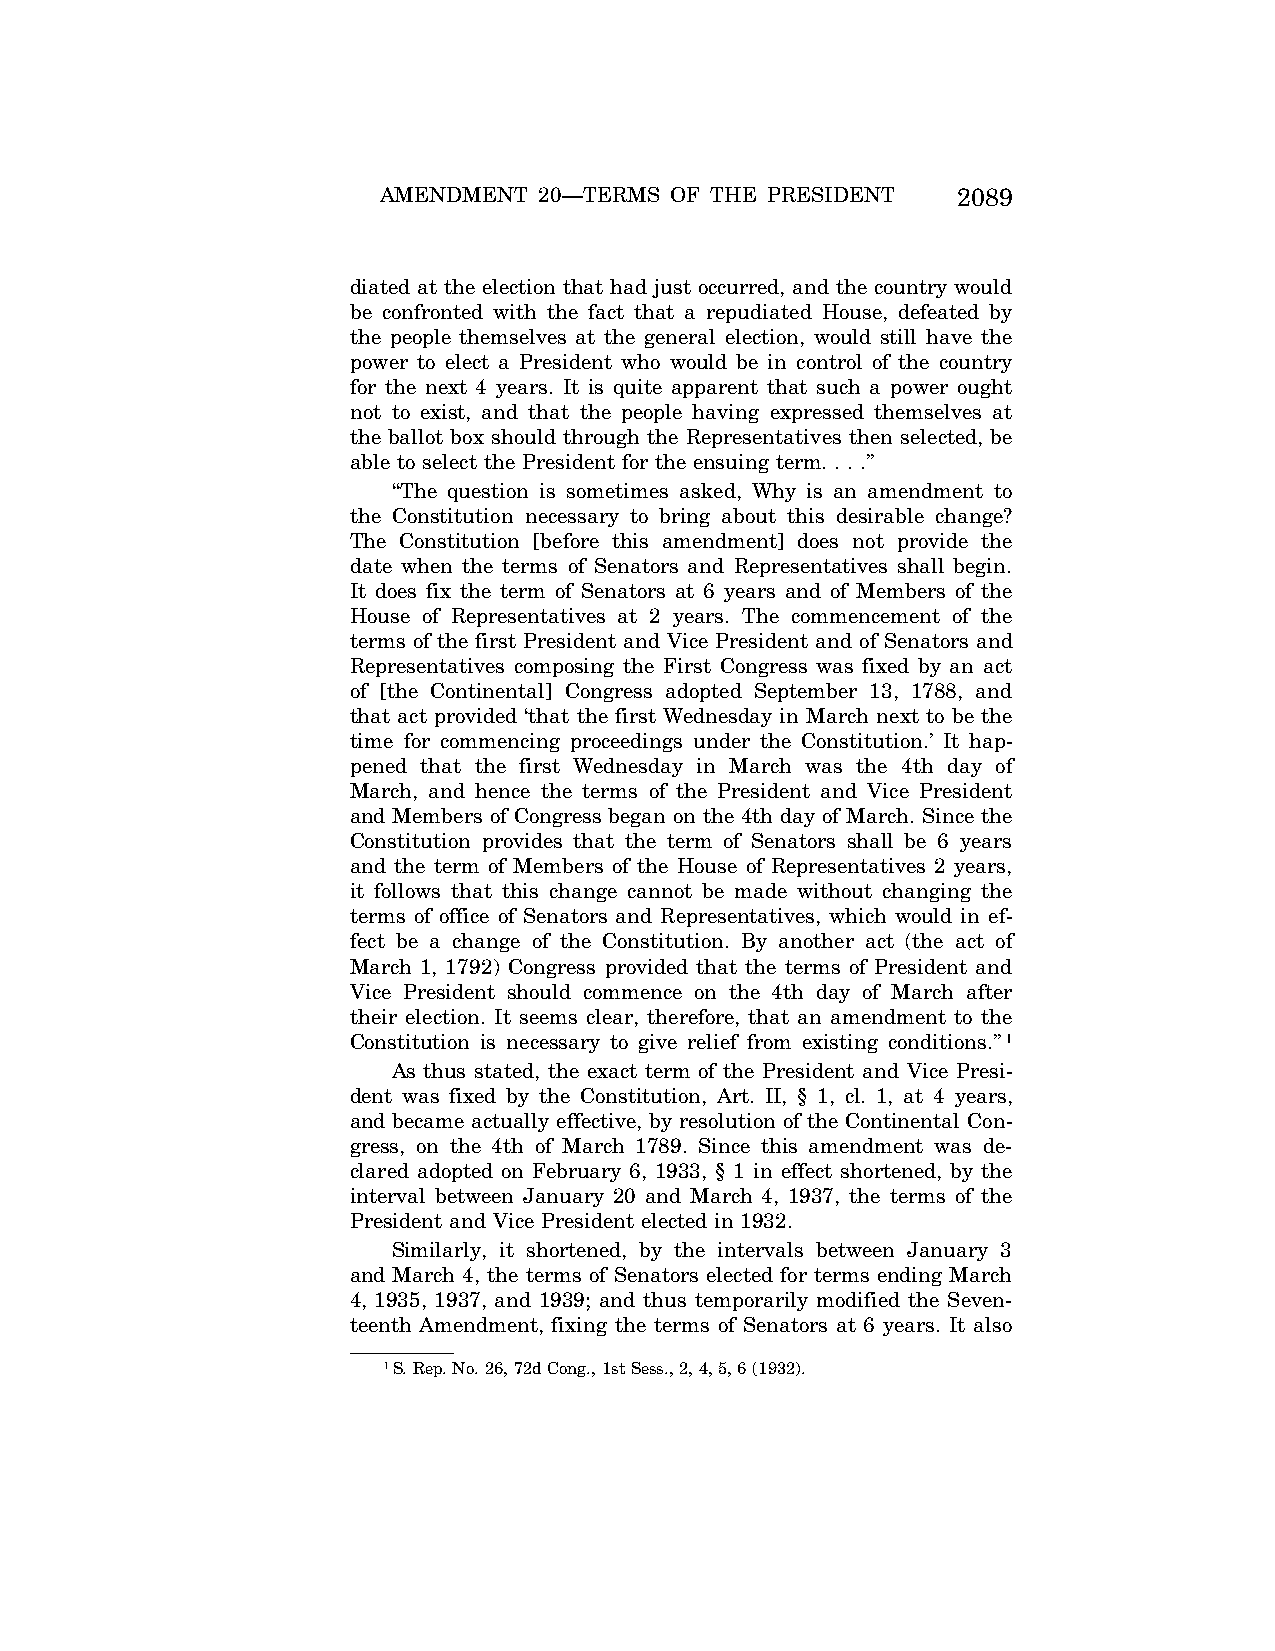
AMENDMENT  20—TERMS OF THE PRESIDENT  2089
 diated at the election that had just occurred, and the country would
 be confronted with the fact that a repudiated House, defeated by
 the people themselves at the general election, would still have the
 power to elect a President who would be in control of the country
 for the next 4 years. It is quite apparent that such a power ought
 not to exist, and that the people having expressed themselves at
 the ballot box should through the Representatives then selected, be
 able to select the President for the ensuing term. . . .’’
 ‘‘The question is sometimes asked, Why is an amendment to
 the Constitution necessary to bring about this desirable change?
 The Constitution [before this amendment] does not provide the
 date when the terms of Senators and Representatives shall begin.
 It does fix the term of Senators at 6 years and of Members of the
 House of Representatives at 2 years. The commencement of the
 terms of the first President and Vice President and of Senators and
 Representatives composing the First Congress was fixed by an act
 of [the Continental] Congress adopted September 13, 1788, and
 that act provided ‘that the first Wednesday in March next to be the
 time for commencing proceedings under the Constitution.’ It hap-
 pened that the first Wednesday in March was the 4th day of
 March, and hence the terms of the President and Vice President
 and Members of Congress began on the 4th day of March. Since the
 Constitution provides that the term of Senators shall be 6 years
 and the term of Members of the House of Representatives 2 years,
 it follows that this change cannot be made without changing the
 terms of office of Senators and Representatives, which would in ef-
 fect be a change of the Constitution. By another act (the act of
 March 1, 1792) Congress provided that the terms of President and
 Vice President should commence on the 4th day of March after
 their election. It seems clear, therefore, that an amendment to the
 Constitution is necessary to give relief from existing conditions.’’1
 As thus stated, the exact term of the President and Vice Presi-
 dent was fixed by the Constitution, Art. II, § 1, cl. 1, at 4 years,
 and became actually effective, by resolution of the Continental Con-
 gress, on the 4th of March 1789. Since this amendment was de-
 clared adopted on February 6, 1933, § 1 in effect shortened, by the
 interval between January 20 and March 4, 1937, the terms of the
 President and Vice President elected in 1932.
 Similarly, it shortened, by the intervals between January 3
 and March 4, the terms of Senators elected for terms ending March
 4, 1935, 1937, and 1939; and thus temporarily modified the Seven-
 teenth Amendment, fixing the terms of Senators at 6 years. It also
 1S. Rep. No. 26, 72d Cong., 1st Sess., 2, 4, 5, 6 (1932).
 VerDate Apr<15>2004 13:02 Jun 28, 2004 Jkt 077500 PO 00000 Frm 00003 Fmt 8222 Sfmt 8222 C:\CONAN\CON054.SGM PRFM99 PsN: CON054